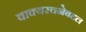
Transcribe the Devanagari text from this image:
वाक्यरचनेबद्दल